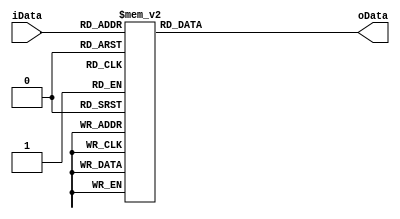
`timescale 1ns / 1ns
//////////////////////////////////////////////////////////////////////////////////
// Company: 
// Engineer: 
// 
// Design Name: 
// Module Name: display7
// Project Name: 
// Target Devices: 
// Tool Versions: 
// Description: 
// 
// Dependencies: 
// 
// Revision:
// Revision 0.01 - File Created
// Additional Comments:
// 
//////////////////////////////////////////////////////////////////////////////////


module display7(
    input [3:0] iData,
    output reg [6:0] oData
    );
    always @(*)
    case(iData)
    4'b0000:oData=7'b1000000;
    4'b0001:oData=7'b1111001;
    4'b0010:oData=7'b0100100;
    4'b0011:oData=7'b0110000;
    4'b0100:oData=7'b0011001;
    4'b0101:oData=7'b0010010;
    4'b0110:oData=7'b0000010;
    4'b0111:oData=7'b1111000;
    4'b1000:oData=7'b0000000;
    4'b1001:oData=7'b0010000;
    default:oData=7'b1111111;
    endcase
endmodule